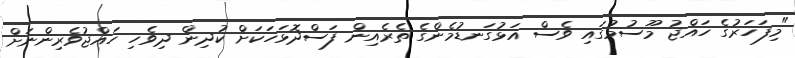
"މިފަހަރުގެ ހައްޖު މޫސުމުގައި ވެސް އަޅުގަނޑުމެންގެ ތެރެއިން ފަސްދޮޅަހަކަށް ކުދިން ދިވެހި ހައްޖުވެރިންނަށް